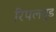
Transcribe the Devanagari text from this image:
रिपलवुड